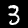
Label: 3